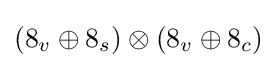
{\textstyle (8_{v}\oplus 8_{s})\otimes (8_{v}\oplus 8_{c})}